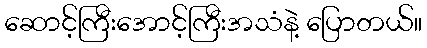
ဆောင့်ကြီးအောင့်ကြီးအသံနဲ့ ပြောတယ်။